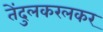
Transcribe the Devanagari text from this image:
तेंदुलकरलकर